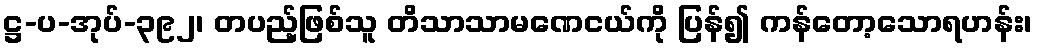
ဋ္ဌ-ပ-အုပ်-၃၉၂၊ တပည့်ဖြစ်သူ တိသာသာမဏေငယ်ကို ပြန်၍ ကန်တော့သောရဟန်း၊